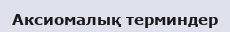
Аксиомалық терминдер